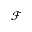
\mathcal { F }